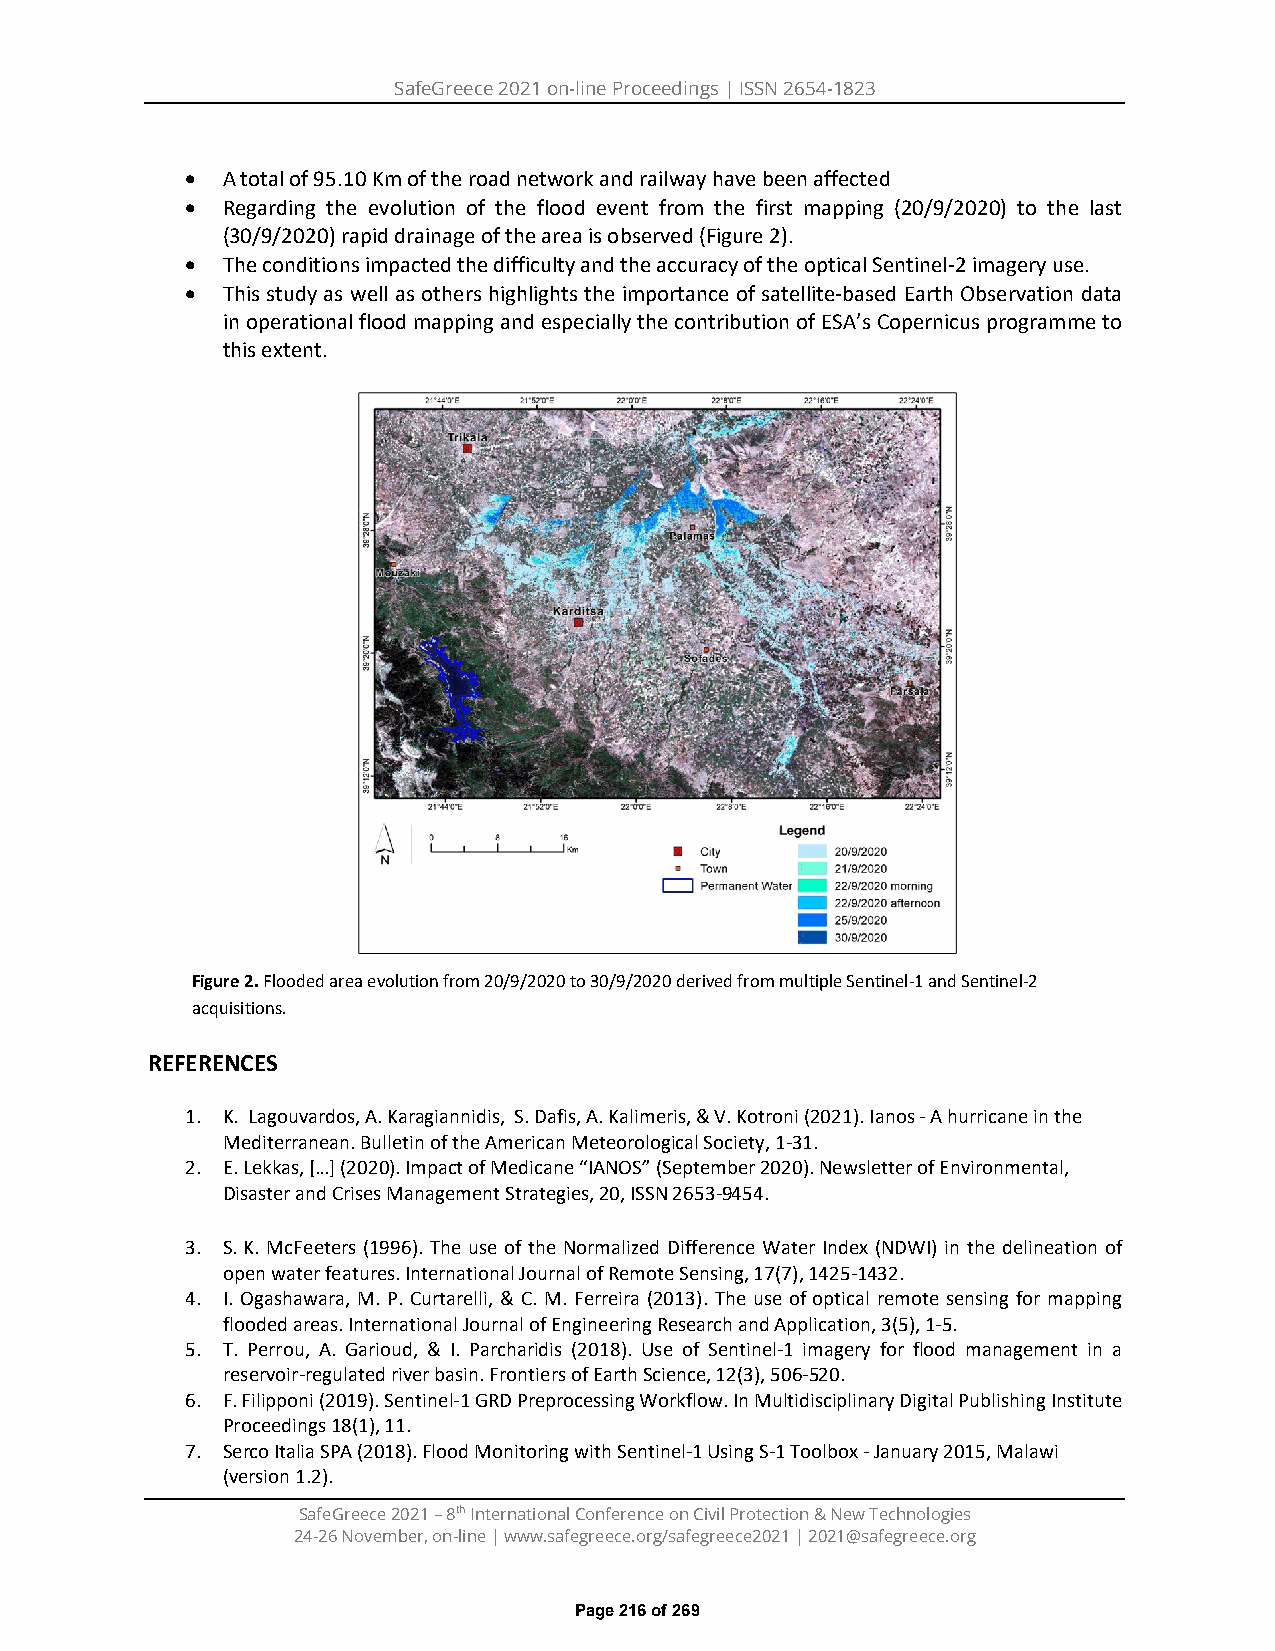
SafeGreece 2021 on-line Proceedings | ISSN 2654-1823
 •  A total of 95.10 Km of the road network and railway have been affected
 •  Regarding the evolution of the flood event from the first mapping (20/9/2020) to the last
 (30/9/2020) rapid drainage of the area is observed (Figure 2).
 •  The conditions impacted the difficulty and the accuracy of the optical Sentinel-2 imagery use.
 •  This study as well as others highlights the importance of satellite-based Earth Observation data
 in operational flood mapping and especially the contribution of ESA’s Copernicus programme to
 this extent.
 Figure 2. Flooded area evolution from 20/9/2020 to 30/9/2020 derived from multiple Sentinel-1 and Sentinel-2
 acquisitions.
 REFERENCES
 1. K. Lagouvardos, A. Karagiannidis, S. Dafis, A. Kalimeris, & V. Kotroni (2021). Ianos - A hurricane in the
 Mediterranean. Bulletin of the American Meteorological Society, 1-31.
 2. E. Lekkas, […] (2020). Impact of Medicane “IANOS” (September 2020). Newsletter of Environmental,
 Disaster and Crises Management Strategies, 20, ISSN 2653-9454.
 3. S. K. McFeeters (1996). The use of the Normalized Difference Water Index (NDWI) in the delineation of
 open water features. International Journal of Remote Sensing, 17(7), 1425-1432.
 4. I. Ogashawara, M. P. Curtarelli, & C. M. Ferreira (2013). The use of optical remote sensing for mapping
 flooded areas. International Journal of Engineering Research and Application, 3(5), 1-5.
 5. T. Perrou, A. Garioud, & I. Parcharidis (2018). Use of Sentinel-1 imagery for flood management in a
 reservoir-regulated river basin. Frontiers of Earth Science, 12(3), 506-520.
 6. F. Filipponi (2019). Sentinel-1 GRD Preprocessing Workflow. In Multidisciplinary Digital Publishing Institute
 Proceedings 18(1), 11.
 7. Serco Italia SPA (2018). Flood Monitoring with Sentinel-1 Using S-1 Toolbox - January 2015, Malawi
 (version 1.2).
 SafeGreece 2021 – 8th International Conference on Civil Protection & New Technologies
 24-26 November, on-line | www.safegreece.org/safegreece2021 | 2021@safegreece.org
 Page 216 of 269